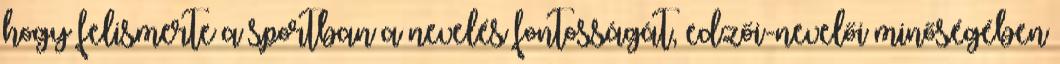
hogy felismerte a sportban a nevelés fontosságát, edzői-nevelői minőségében